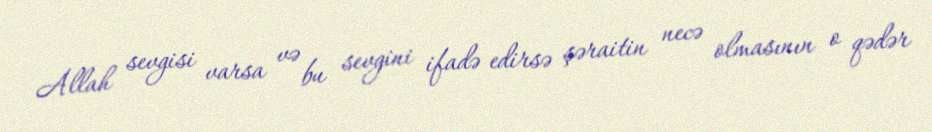
Allah sevgisi varsa və bu sevgini ifadə edirsə şəraitin necə olmasının o qədər